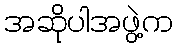
အဆိုပါအဖွဲ့က